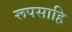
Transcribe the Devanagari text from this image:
रूपसाहि